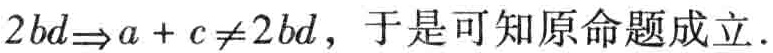
$2bd\Rightarrow a + c\neq 2bd$，于是可知原命题成立.